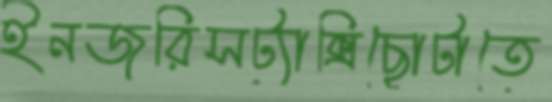
ইনজুরিসট্যাক্সিছোটাতে